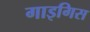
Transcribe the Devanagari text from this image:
गाइगिस